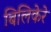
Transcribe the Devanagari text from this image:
बिलिकेरे